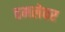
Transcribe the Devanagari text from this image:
हमलेवर